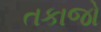
તકાજો